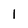
Character: l